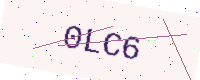
Text: 0LC6